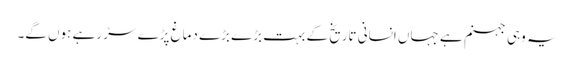
یہ وہی جہنم ہے جہاں انسانی تاریخ کے بہت بڑے بڑے دماغ پڑے سڑ رہے ہوں گے۔